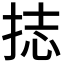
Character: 𭠶